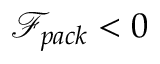
\mathcal { F } _ { p a c k } < 0